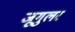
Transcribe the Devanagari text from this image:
जूगुलर